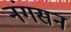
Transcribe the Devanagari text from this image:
नंगसन